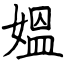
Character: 媼